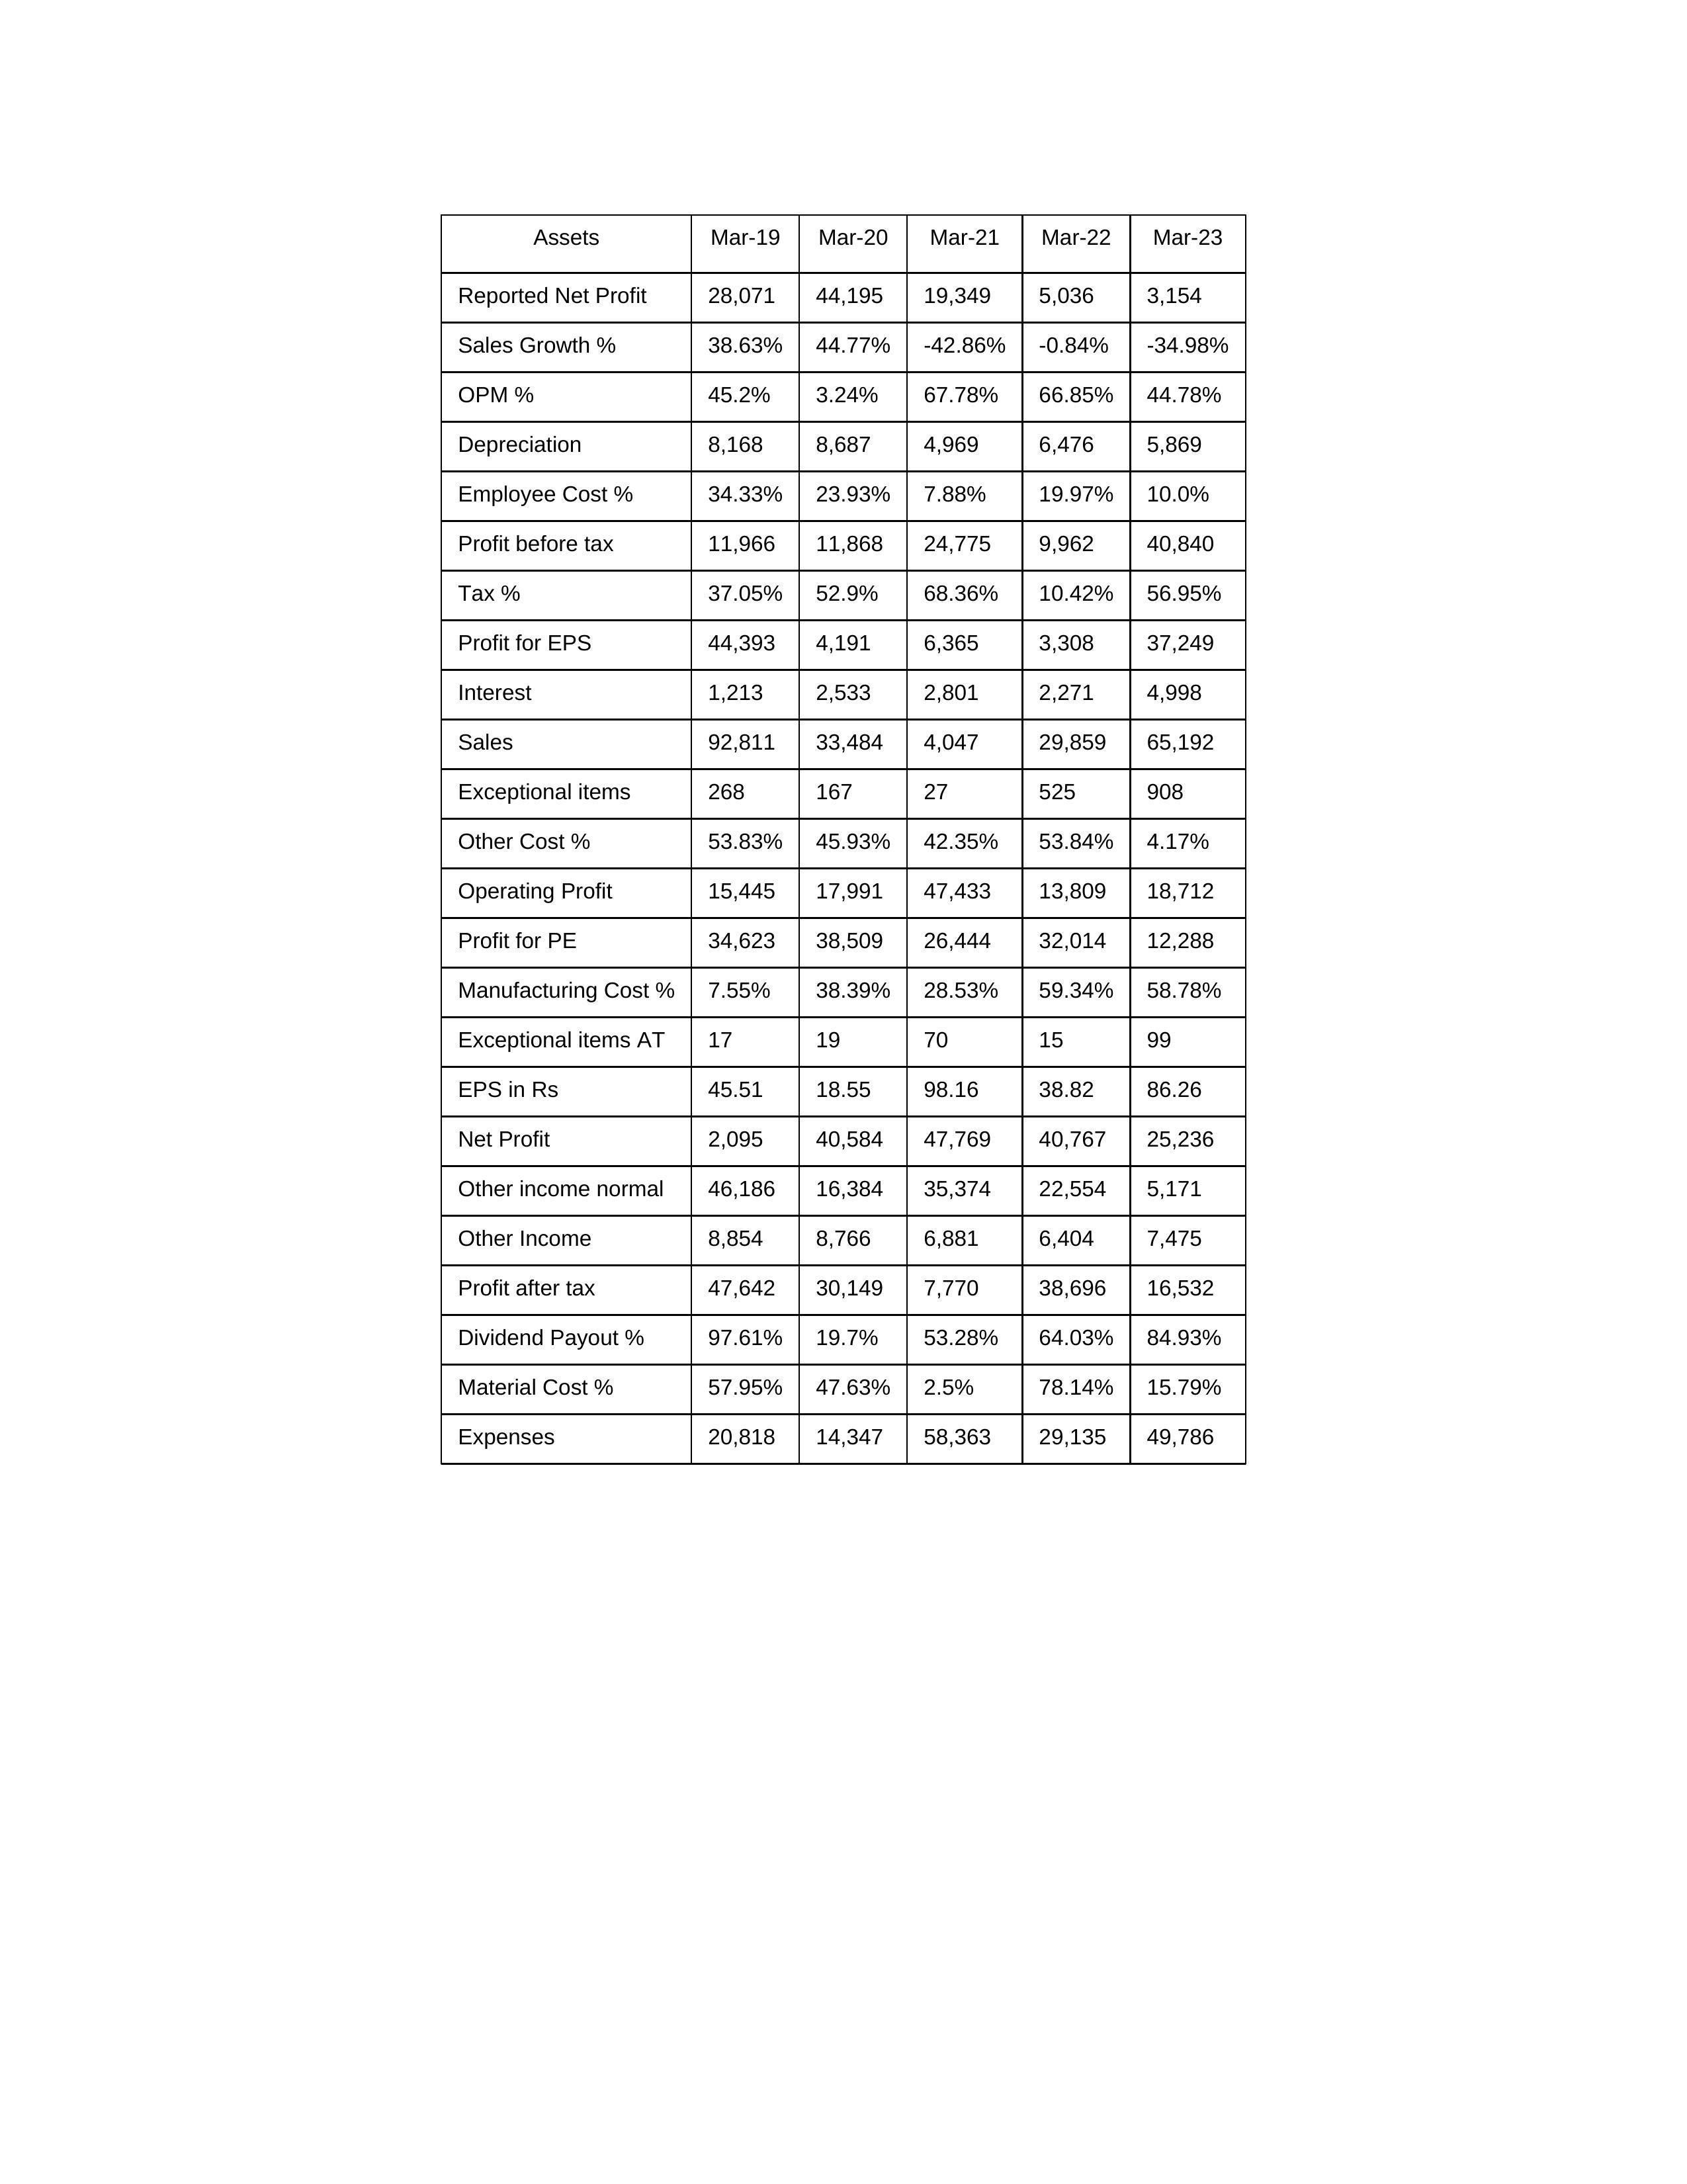
gt_parse: Mar-19: Sales: 92,811
Sales Growth %: 38.63%
Expenses: 20,818
Material Cost %: 57.95%
Manufacturing Cost %: 7.55%
Employee Cost %: 34.33%
Other Cost %: 53.83%
Operating Profit: 15,445
OPM %: 45.2%
Other Income: 8,854
Exceptional items: 268
Other income normal: 46,186
Interest: 1,213
Depreciation: 8,168
Profit before tax: 11,966
Tax %: 37.05%
Net Profit: 2,095
Profit after tax: 47,642
Reported Net Profit: 28,071
Profit for EPS: 44,393
Exceptional items AT: 17
Profit for PE: 34,623
EPS in Rs: 45.51
Dividend Payout %: 97.61%
Mar-20: Sales: 33,484
Sales Growth %: 44.77%
Expenses: 14,347
Material Cost %: 47.63%
Manufacturing Cost %: 38.39%
Employee Cost %: 23.93%
Other Cost %: 45.93%
Operating Profit: 17,991
OPM %: 3.24%
Other Income: 8,766
Exceptional items: 167
Other income normal: 16,384
Interest: 2,533
Depreciation: 8,687
Profit before tax: 11,868
Tax %: 52.9%
Net Profit: 40,584
Profit after tax: 30,149
Reported Net Profit: 44,195
Profit for EPS: 4,191
Exceptional items AT: 19
Profit for PE: 38,509
EPS in Rs: 18.55
Dividend Payout %: 19.7%
Mar-21: Sales: 4,047
Sales Growth %: -42.86%
Expenses: 58,363
Material Cost %: 2.5%
Manufacturing Cost %: 28.53%
Employee Cost %: 7.88%
Other Cost %: 42.35%
Operating Profit: 47,433
OPM %: 67.78%
Other Income: 6,881
Exceptional items: 27
Other income normal: 35,374
Interest: 2,801
Depreciation: 4,969
Profit before tax: 24,775
Tax %: 68.36%
Net Profit: 47,769
Profit after tax: 7,770
Reported Net Profit: 19,349
Profit for EPS: 6,365
Exceptional items AT: 70
Profit for PE: 26,444
EPS in Rs: 98.16
Dividend Payout %: 53.28%
Mar-22: Sales: 29,859
Sales Growth %: -0.84%
Expenses: 29,135
Material Cost %: 78.14%
Manufacturing Cost %: 59.34%
Employee Cost %: 19.97%
Other Cost %: 53.84%
Operating Profit: 13,809
OPM %: 66.85%
Other Income: 6,404
Exceptional items: 525
Other income normal: 22,554
Interest: 2,271
Depreciation: 6,476
Profit before tax: 9,962
Tax %: 10.42%
Net Profit: 40,767
Profit after tax: 38,696
Reported Net Profit: 5,036
Profit for EPS: 3,308
Exceptional items AT: 15
Profit for PE: 32,014
EPS in Rs: 38.82
Dividend Payout %: 64.03%
Mar-23: Sales: 65,192
Sales Growth %: -34.98%
Expenses: 49,786
Material Cost %: 15.79%
Manufacturing Cost %: 58.78%
Employee Cost %: 10.0%
Other Cost %: 4.17%
Operating Profit: 18,712
OPM %: 44.78%
Other Income: 7,475
Exceptional items: 908
Other income normal: 5,171
Interest: 4,998
Depreciation: 5,869
Profit before tax: 40,840
Tax %: 56.95%
Net Profit: 25,236
Profit after tax: 16,532
Reported Net Profit: 3,154
Profit for EPS: 37,249
Exceptional items AT: 99
Profit for PE: 12,288
EPS in Rs: 86.26
Dividend Payout %: 84.93%